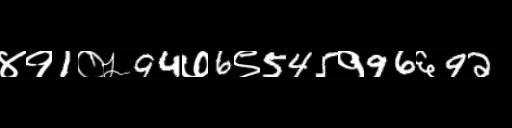
Text: ४१1०५94७6९545१96६92